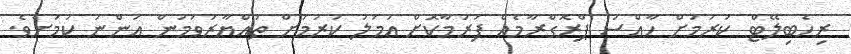
ރިހެބިލޭޓް ކުރުމަށް ހާއްސަ ޕްރޮގްރާމެއް ފަރުމާކޮށް އަމަލު ކުރުމަށް ތައްޔާރުވަމުން އަންނަ ކަމަށެވެ.